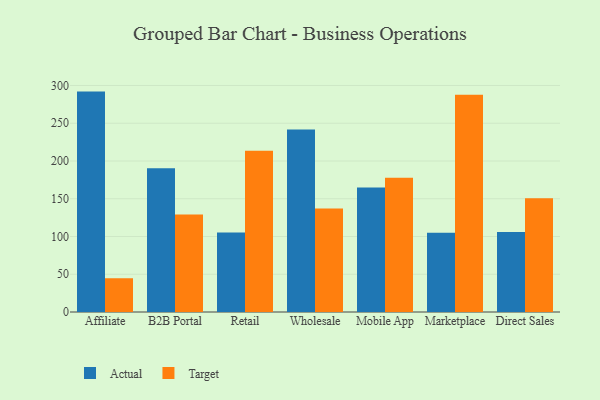
{"axis": {"x": "Channel", "y": "Website Visitors"}, "legend": ["Actual", "Target"], "data": [{"x": "Affiliate", "y": 291.9, "type": "Actual"}, {"x": "Affiliate", "y": 44.7, "type": "Target"}, {"x": "B2B Portal", "y": 190.5, "type": "Actual"}, {"x": "B2B Portal", "y": 129.2, "type": "Target"}, {"x": "Retail", "y": 105.4, "type": "Actual"}, {"x": "Retail", "y": 213.6, "type": "Target"}, {"x": "Wholesale", "y": 241.6, "type": "Actual"}, {"x": "Wholesale", "y": 137.2, "type": "Target"}, {"x": "Mobile App", "y": 165.0, "type": "Actual"}, {"x": "Mobile App", "y": 177.8, "type": "Target"}, {"x": "Marketplace", "y": 105.1, "type": "Actual"}, {"x": "Marketplace", "y": 287.7, "type": "Target"}, {"x": "Direct Sales", "y": 105.9, "type": "Actual"}, {"x": "Direct Sales", "y": 150.5, "type": "Target"}]}